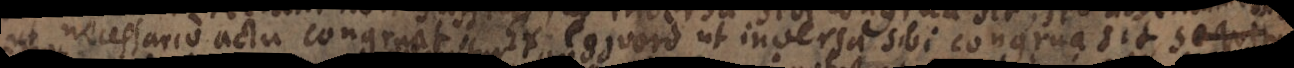
ut necessario actu congruat Ex _ vord ut inversa sibi congrua sit sequitur